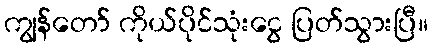
ကျွန်တော် ကိုယ်ပိုင်သုံးငွေ ပြတ်သွားပြီ။